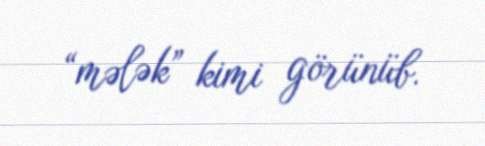
“mələk” kimi görünüb.